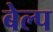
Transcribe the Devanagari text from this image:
बेल्प